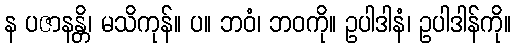
န ပဇာနန္တိ၊ မသိကုန်။ ပ။ ဘဝံ၊ ဘဝကို။ ဥပါဒါနံ၊ ဥပါဒါန်ကို။